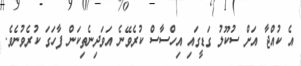
އެ ކުއްޖާ އަށް ސުކޫލު ގަޑީގައި އިހްސާސް ކުރެވޭނެ އަވަދިނެތިކަން ފާހަގަ ކުރެވުނެވެ.